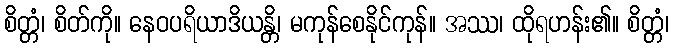
စိတ္တံ၊ စိတ်ကို။ နေဝပရိယာဒိယန္တိ၊ မကုန်စေနိုင်ကုန်။ အဿ၊ ထိုရဟန်း၏။ စိတ္တံ၊